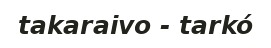
takaraivo - tarkó